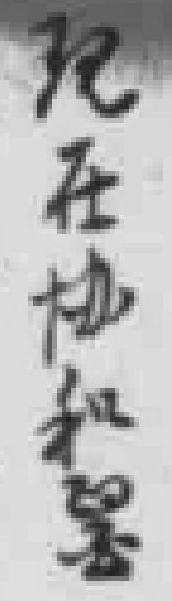
現在协和毉